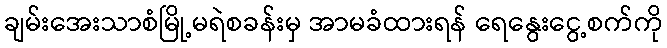
ချမ်းအေးသာစံမြို့မရဲစခန်းမှ အာမခံထားရန် ရေနွေးငွေ့စက်ကို